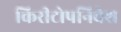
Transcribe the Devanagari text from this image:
किरीटोपनिवेश